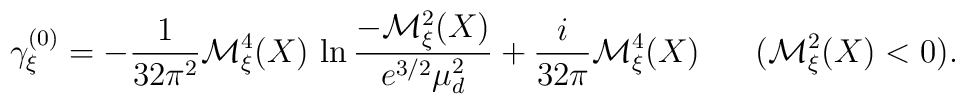
\gamma_\xi^{(0)} = - \frac{1}{32 \pi^2} {\cal M}_\xi^4 (X) \, \ln \frac{- {\cal M}_\xi^2 (X)}{e^{3 / 2} \mu_d^2} + \frac{i}{32 \pi} {\cal M}_\xi^4 (X) \;\;\;\;\;\; ({\cal M}_\xi^2 (X) < 0) .